Indian journal of veterinary science and animal husbandry - Volumes 26-27, 1956-1957
Year: 1956
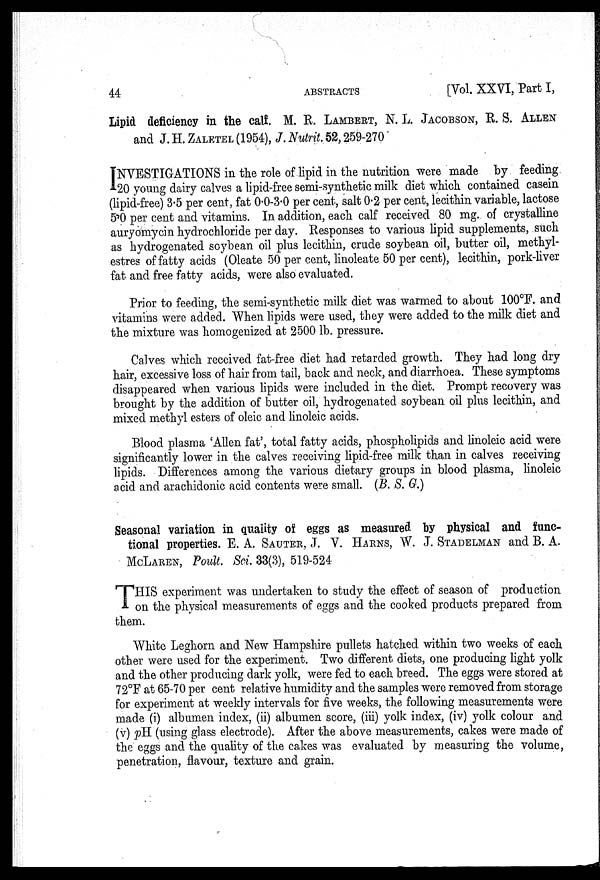
44
ABSTRACTS
[Vol. XXVI, Part I,
Lipid deficiency in the calf. M. R. LAMBERT, N. L. JACOBSON, R. S. ALLEN
and J. H. ZALETEL (1954), J. Nutrit. 52, 259-270
INVESTIGATIONS in the role of lipid in the nutrition were made by feeding
20 young dairy calves a lipid-free semi-synthetic milk diet which contained casein
(lipid-free) 3.5 per cent, fat 0.0-3.0 per cent, salt 0.2 per cent, lecithin variable, lactose
5.0 per cent and vitamins. In addition, each calf received 80 mg. of crystalline
auryomycin hydrochloride per day. Responses to various lipid supplements, such
as hydrogenated soybean oil plus lecithin, crude soybean oil, butter oil, methyl-
estres of fatty acids (Oleate 50 per cent, linoleate 50 per cent), lecithin, pork-liver
fat and free fatty acids, were also evaluated.
Prior to feeding, the semi-synthetic milk diet was warmed to about 100°F. and
vitamins were added. When lipids were used, they were added to the milk diet and
the mixture was homogenized at 2500 lb. pressure.
Calves which received fat-free diet had retarded growth. They had long dry
hair, excessive loss of hair from tail, back and neck, and diarrhoea. These symptoms
disappeared when various lipids were included in the diet. Prompt recovery was
brought by the addition of butter oil, hydrogenated soybean oil plus lecithin, and
mixed methyl esters of oleic and linoleic acids.
Blood plasma 'Allen fat', total fatty acids, phospholipids and linoleic acid were
significantly lower in the calves receiving lipid-free milk than in calves receiving
lipids. Differences among the various dietary groups in blood plasma, linoleic
acid and arachidonic acid contents were small. (B. S. G.)
Seasonal variation in quality of eggs as measured by physical and func-
tional properties. E. A. SAUTER, J. V. HARNS, W. J. STADELMAN and B. A.
MCLAREN, Poult. Sci. 33(3), 519-524
T HIS experiment was undertaken to study the effect of season of production
on the physical measurements of eggs and the cooked products prepared from
them.
White Leghorn and New Hampshire pullets hatched within two weeks of each
other were used for the experiment. Two different diets, one producing light yolk
and the other producing dark yolk, were fed to each breed. The eggs were stored at
72°F at 65-70 per cent relative humidity and the samples were removed from storage
for experiment at weekly intervals for five weeks, the following measurements were
made (i) albumen index, (ii) albumen score, (iii) yolk index, (iv) yolk colour and
(v) pH (using glass electrode). After the above measurements, cakes were made of
the eggs and the quality of the cakes was evaluated by measuring the volume,
penetration, flavour, texture and grain.